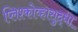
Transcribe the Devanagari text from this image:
प्लिश्कोव्हासुद्धा